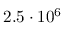
2 . 5 \cdot 1 0 ^ { 6 }